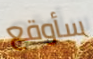
سأوقع